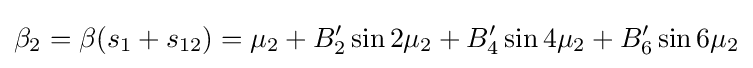
\beta _{2}=\beta (s_{1}+s_{12})=\mu _{2}+B'_{2}\sin 2\mu _{2}+B'_{4}\sin 4\mu _{2}+B'_{6}\sin 6\mu _{2}